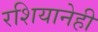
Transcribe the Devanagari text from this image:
रशियानेही